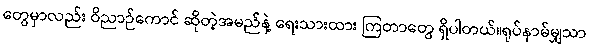
တွေမှာလည်း ဝိညာဉ်ကောင် ဆိုတဲ့အမည်နဲ့ ရေးသားထား ကြတာတွေ ရှိပါတယ်။ရုပ်နာမ်မျှသာ